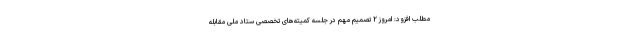
مطلب افزود: امروز ۲ تصمیم مهم در جلسه کمیته‌های تخصصی ستاد ملی مقابله